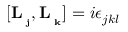
\lbrack \mathbf { L _ { \varphi _ { j } } } , \mathbf { L _ { \varphi _ { k } } } ] = i \epsilon _ { j k l }